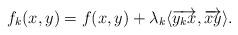
LaTeX: \begin{align*}f_k(x,y)= f(x,y)+\lambda_k \langle \overrightarrow{y_kx},\overrightarrow{xy }\rangle.\end{align*}